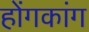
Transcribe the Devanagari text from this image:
होंगकांग